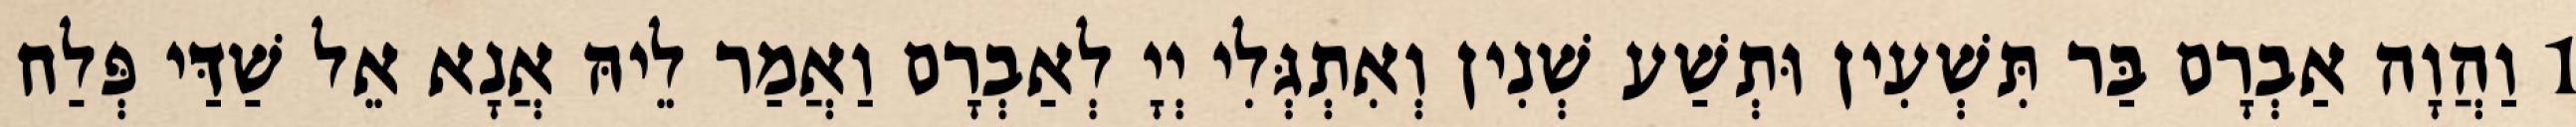
1 וַהֲוָה אַבְרָם בַּר תִּשְׁעִין וּתְשַׁע שְׁנִין וְאִתְגְּלִי יְיָ לְאַבְרָם וַאֲמַר לֵיהּ אֲנָא אֵל שַׁדַּי פְּלַח